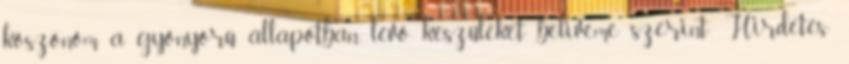
köszönöm a gyönyörű állapotban lévő készüléket beliveme szerint: Hirdetés: